Annual report on the mental hospital in the Central Provinces and Berar (Nagpur) - 1927-1951
Year: 1927
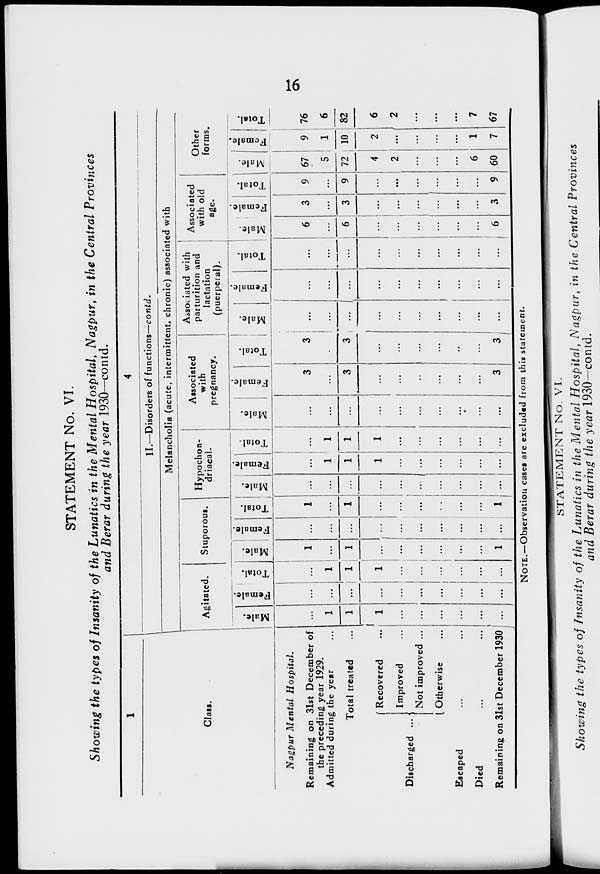
16
STATEMENT No. VI.
Showing the types of Insanity of the Lunatics in the Mental Hospital, Nagpur, in the Central Provinces
and Berar during the year 1930—contd.
1
Class.
Nagpur Mental Hospital.
Remaining on 31st December of
the preceding year 1929.
Admitted during the year ...
Total treated ...
Discharged ...
Recovered ...
Improved ...
Not improved ...
Otherwise ...
Escaped ... ...
Died ... ...
Remaining on 31st December 1930
4
II.—Disorders of functions—contd.
Melancholia (acute, intermittent, chronic) associated with
Agitated.
Male.
...
1
1
1
...
...
...
...
...
...
Female.
...
...
...
...
...
...
...
...
...
...
Total.
...
1
1
1
...
...
...
...
...
...
Stuporous.
Male.
1
...
1
1
...
...
...
...
...
1
Female.
...
...
...
...
...
...
...
...
...
...
Total.
1
...
1
...
...
...
...
...
...
1
Hypochon-
driacal.
Male.
...
...
...
...
...
...
...
...
...
...
Female.
...
1
1
1
...
...
...
...
...
...
Total.
...
1
1
1
...
...
...
...
...
...
Associated
with
pregnancy.
Male.
...
...
...
...
...
...
...
...
...
...
Female.
3
...
3
...
...
...
...
...
...
3
Total.
3
...
3
...
...
...
...
...
...
3
Associated with
parturition and
lactation
(puerperal).
Male.
...
...
...
...
...
...
...
...
...
...
Female.
...
...
...
...
...
...
...
...
...
...
Total.
...
...
...
...
...
...
...
...
...
...
Associated
with old
age.
Male.
6
...
6
...
...
...
...
...
...
6
Female.
3
...
3
...
...
...
...
...
...
3
Total.
9
...
9
...
...
...
...
...
...
9
Other
forms.
Male.
67
5
72
4
2
...
...
...
6
60
Female.
9
1
10
2
...
...
...
...
1
7
Total.
76
6
82
6
2
...
...
...
7
67
NOTE.—Observation cases are excluded from this statement.